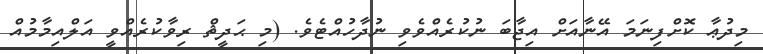
މިދުޢާ ކޮށްފިނަމަ އޭނާއަށް އިޖާބަ ނުކުރެއްވެވި ނުދާހުއްޓެވެ. (މި ޙަދީޘް ރިވާކުރެއްވީ އަލްއިމާމުއް